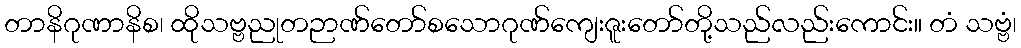
တာနိဂုဏာနိစ၊ ထိုသဗ္ဗညုတဉာဏ်တော်စသောဂုဏ်ကျေးဇူးတော်တို့သည်လည်းကောင်း။ တံ သဗ္ဗံ၊